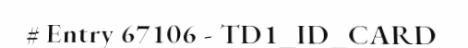
# Entry 67106 - TD1_ID_CARD